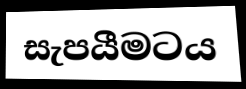
සැපයීමටය